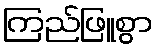
ကြည်ဖြူစွာ